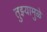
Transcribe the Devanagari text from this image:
तुझ्यामुळे